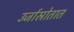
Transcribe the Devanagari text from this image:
उर्जास्रोतात